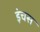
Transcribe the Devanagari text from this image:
इंचस